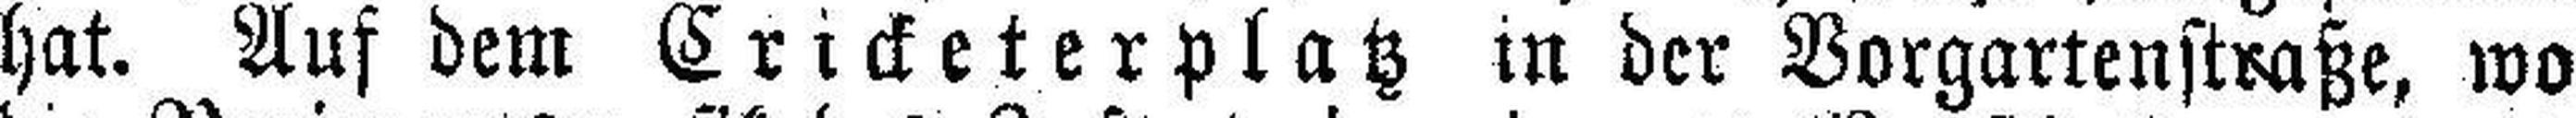
hat. Auf dem Cricketerplatz in der Vorgarlenstraße, wo